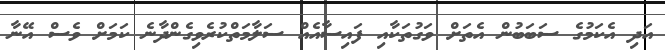
އަދި އެކަމުގެ ސަބަބުން އެތަށް ވަގުތަކާއި ފައިސާއެއް ސަލާމަތްކުރެވިގެންދާނެ ކަމަށް ވެސް އޭނާ